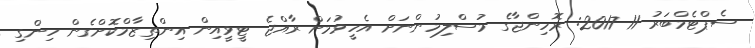
ސެޕްޓެމްބަރު 11 2017: ރޮހިންޖާގެ މުސްލިމުންނަށް އެހީވުމަށް ރާއްޖެ ޓީވީއިން އިންތިޒާމްކޮށްގެން ހިންގި